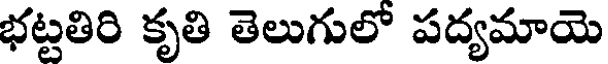
భట్టతిరి కృతి తెలుగులో పద్యమాయె